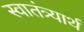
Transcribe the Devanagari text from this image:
स्वातंत्र्यार्थ